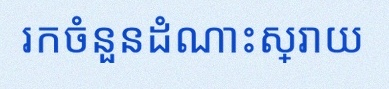
រកចំនួនដំណោះស្រាយ